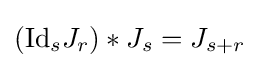
({\text{Id}}_{s}J_{r})*J_{s}=J_{s+r}